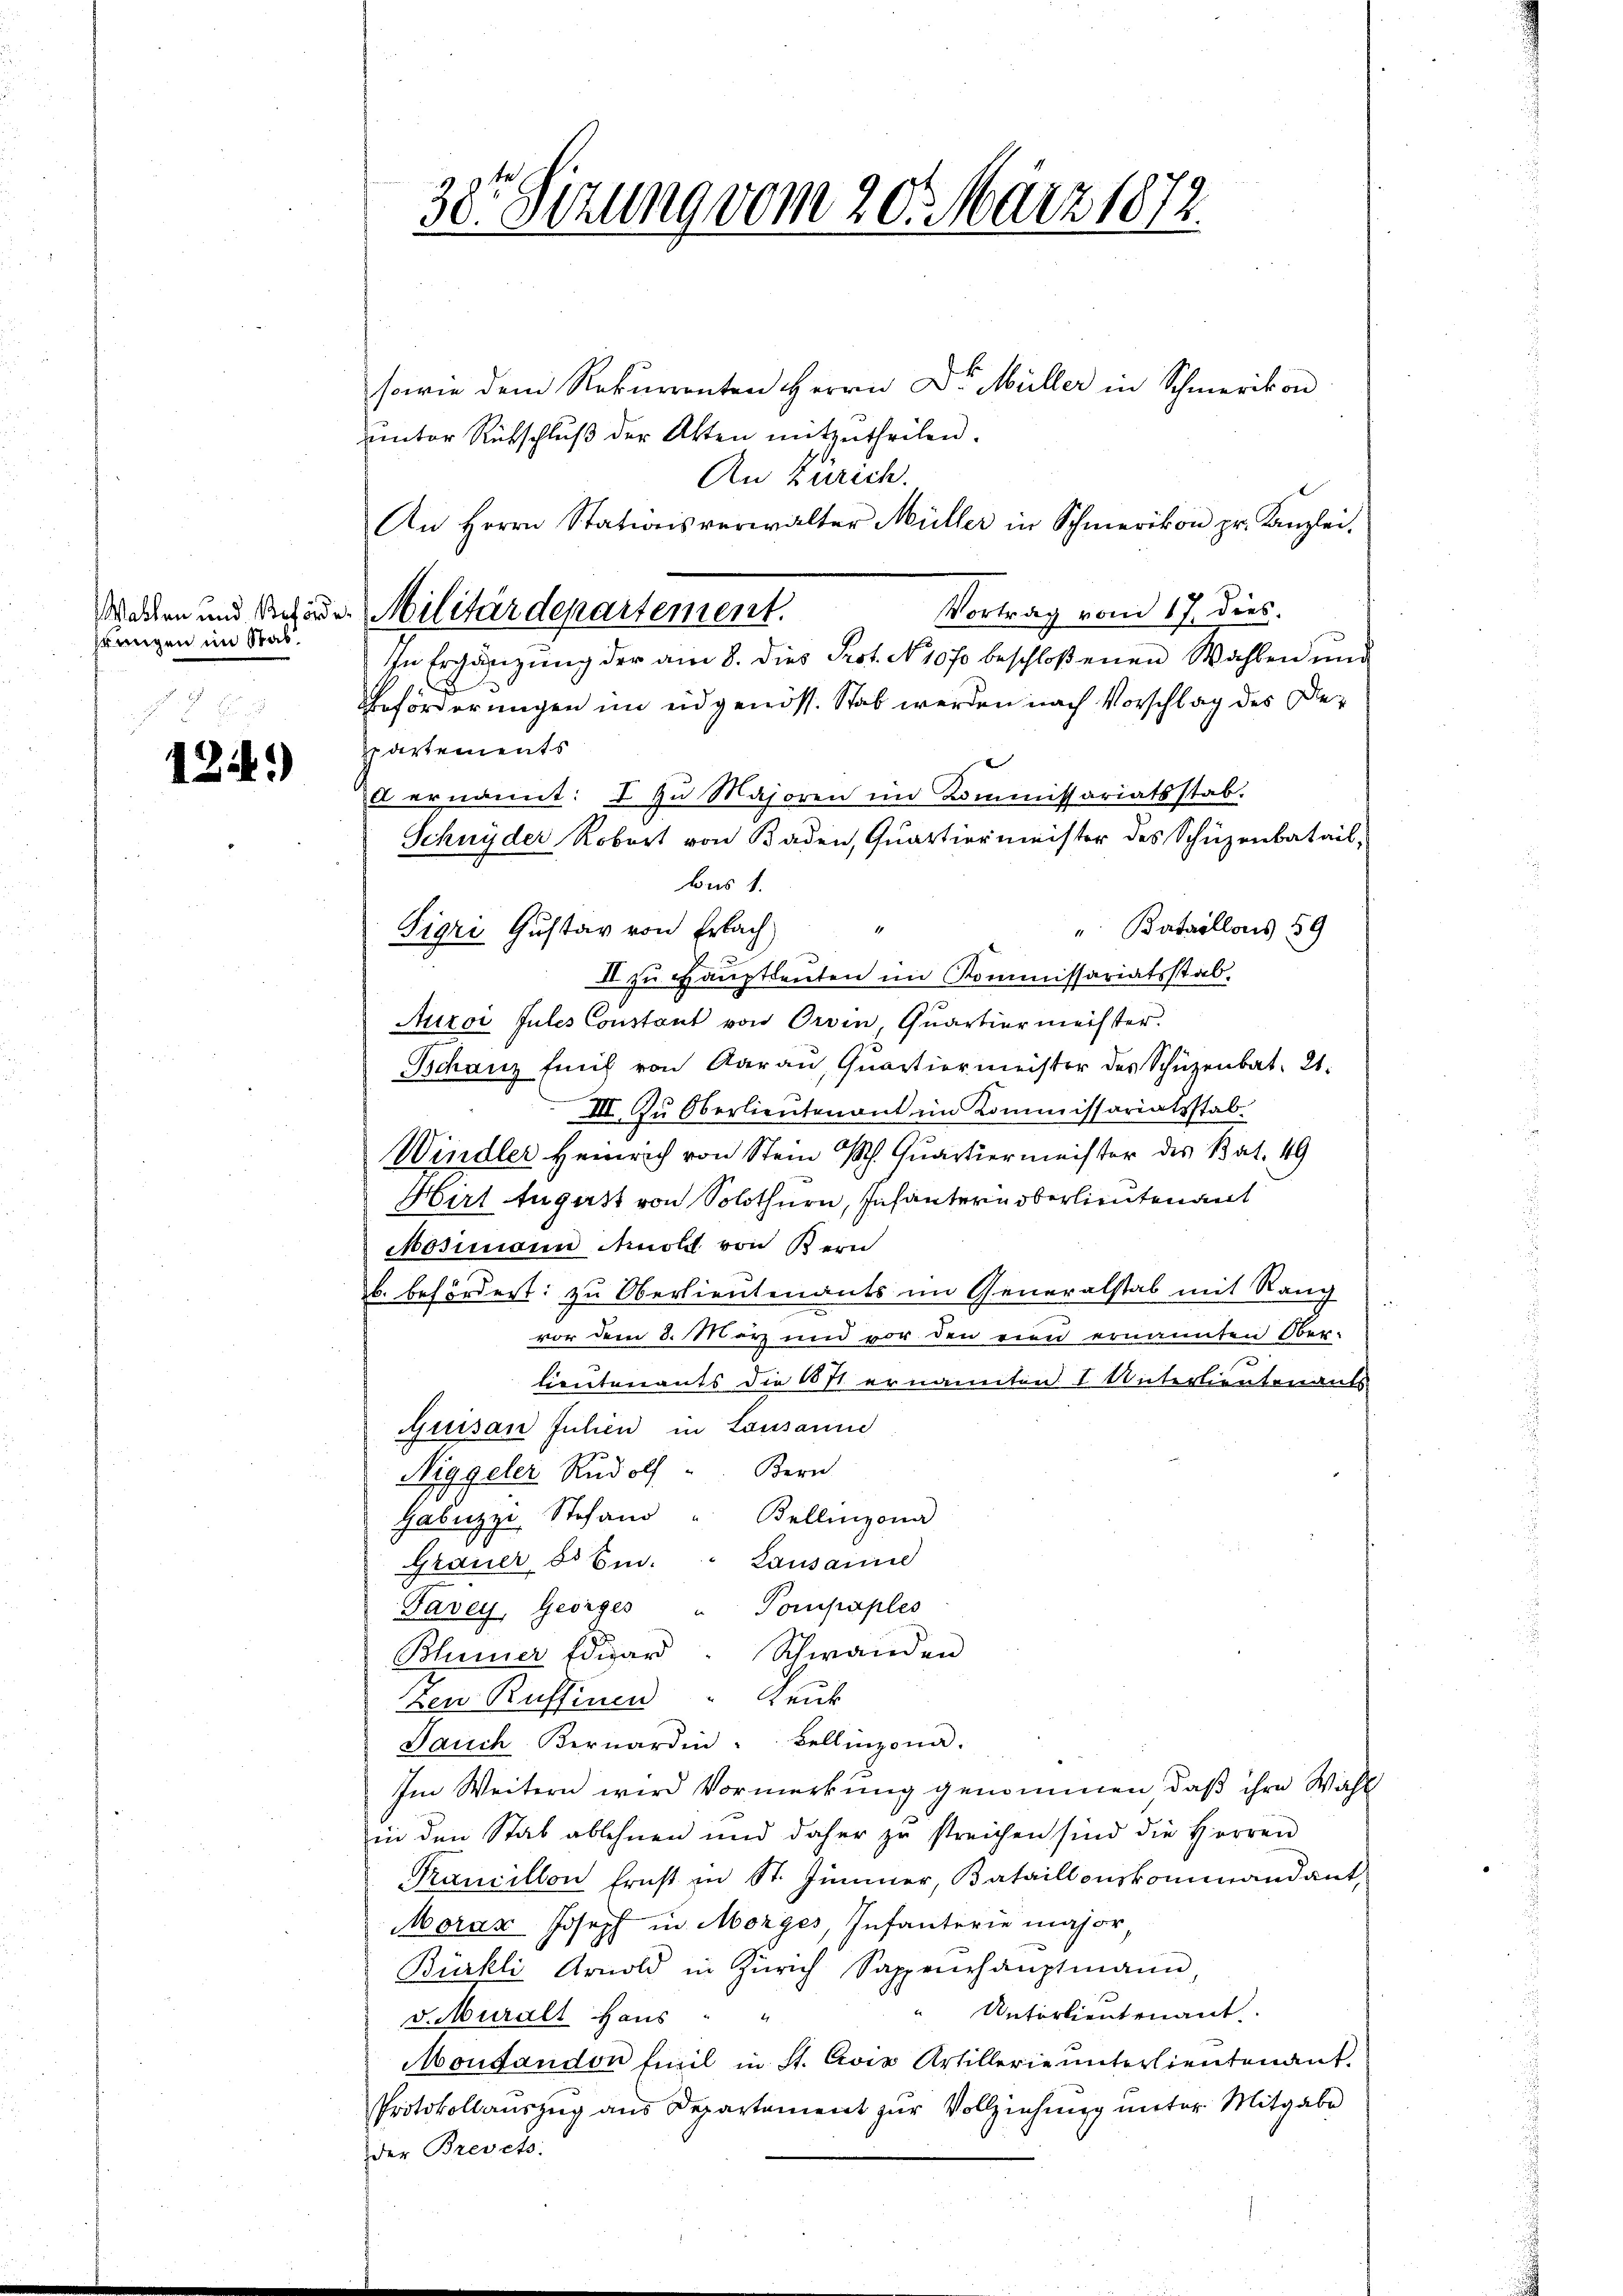
srangen im Stab.

124.)

sowie dem Rekurrenten Herrn Dr. Müller in Schmerikon
unter Rückschluß der Akten mitzutheilen.
An Zürich.
An Herrn Stationsverwalter Müller in Schmerikon pr. Kanzlei,
Vortrag vom 17. dies.
x
Eeförderungen im eidgenöss. Stab werden nach Vorschlag des Deppartements
" Bataillons 59
II zu Hauptdenten im Kommissariatsstab.
Auroi Julis Constant von Orvin, Quartiermeister.
Schanz finf von Aarau, Quartiermeister des Schüzenbat. 21.
III. Zu Oberlieutenant im Kommissariatsstab.
Windler Heinrich von Stein P. Quartiermeister des Bat. 49
Hirt August von Solothurn, Infantern Oberlieutenant
Mosimann Arnold von Bern
b. befördert: zu Oberlieutenants im Generalstab mit Rang
i
2
vor dem 8. März und vor den rien ernannten Ober-
lieutenants die 111 ernannten I Unterlieutenants
uisan Julien in Lausanne
Niggeler Rudolf Bern
Gabuzzi Stefand " Bellinzona
Grauer 50 Cm. " Lausanne
Favey, Georges " Pompaples
Blümer Edigar. Schwanden
zen Ruffinen Raub
Jauch Bernardin : Bellinzona.
Im Weitern wird Vormerkung genommen, daß ihre Wahl
in den Stab ablehnen und daher zu streichen sind die Herren
Francillon Ernst zu St. Zimmer, Bataillonskommandant,
Morar Joseph in Morges, Infanterie major
Bürkli Arnold in Zürich Sappenhaŭptmann
Unterlieutenant
v. Murall Haus " "
Montanden Emil in St. Civis Artillerie unterlieutenant
Protokollauszug aus Departement zur Vollziehung unter Mitgabe
der Brevets:

30. Sizung vom 20. März 1872.

Machen und Schaden Militärdepartement.
In Ergänzŭng der am 8. dies Prot. N. 1070 beschloßenen Wahlen und

d ernannt: I zu Majoren in Kommissariatsstab.
Schnyder Robert von Baden, Quartiermeister des Schüzenbatail,
bis 1.
Sigri Gustav von Erlach